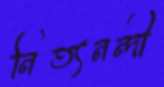
নিত্যনন্দী